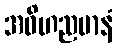
အဝိဟညမာနံ